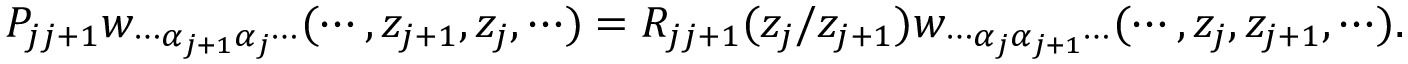
P _ { j j + 1 } w _ { \cdots \alpha _ { j + 1 } \alpha _ { j } \cdots } ( \cdots , z _ { j + 1 } , z _ { j } , \cdots ) = R _ { j j + 1 } ( z _ { j } / z _ { j + 1 } ) w _ { \cdots \alpha _ { j } \alpha _ { j + 1 } \cdots } ( \cdots , z _ { j } , z _ { j + 1 } , \cdots ) .